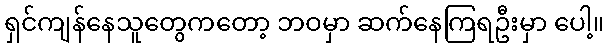
ရှင်ကျန်နေသူတွေကတော့ ဘဝမှာ ဆက်နေကြရဦးမှာ ပေါ့။